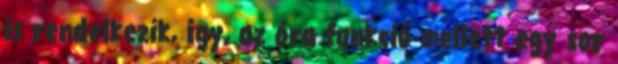
is rendelkezik, így, az óra funkció mellett egy sor